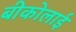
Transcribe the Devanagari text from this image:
बीकोलाई